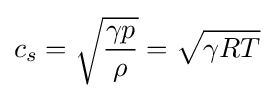
c_{s}={\sqrt {\frac {\gamma p}{\rho }}}={\sqrt {\gamma RT}}